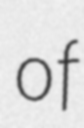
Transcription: of